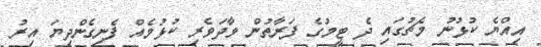
އިއްޔެ ކުޅުނު މެޗުގައި ދެ ޓީމުގެ ފަރާތުން ވާދަވެރި ކުޅުމެއް ފެނިގެންދިޔަ އިރު